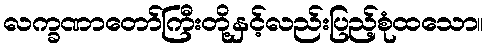
လက္ခဏာတော်ကြီးတို့နှင့်လည်းပြည့်စုံထသော။